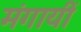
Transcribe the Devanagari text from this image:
मंगायीं